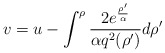
\begin{align*}v=u-\int_{}^{\rho}{ 2e^{\rho' \over \alpha} \over \alpha q^2(\rho')} d\rho'\end{align*}